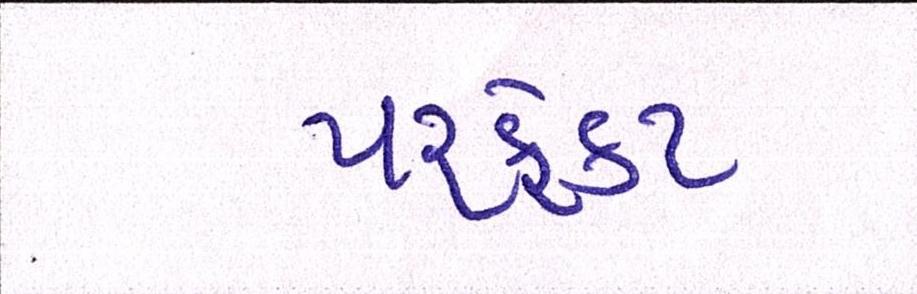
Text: પરફેક્ટ